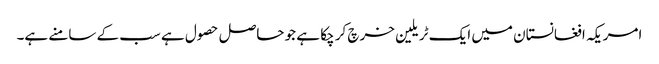
امریکہ افغانستان میں ایک ٹریلین خرچ کر چکا ہے جو حاصل حصول ہے سب کے سامنے ہے۔